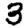
Digit: 3